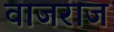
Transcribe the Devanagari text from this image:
वाजराज